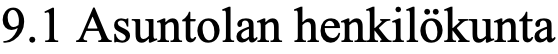
9.1 Asuntolan henkilökunta